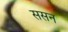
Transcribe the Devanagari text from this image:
ससन